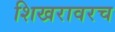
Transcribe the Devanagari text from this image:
शिखरावरच